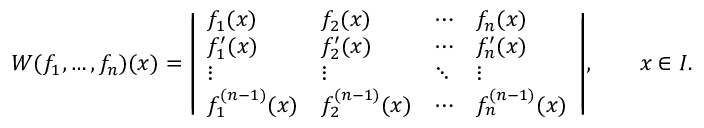
W ( f _ { 1 } , \ldots , f _ { n } ) ( x ) = { \left| \begin{array} { l l l l } { f _ { 1 } ( x ) } & { f _ { 2 } ( x ) } & { \cdots } & { f _ { n } ( x ) } \\ { f _ { 1 } ^ { \prime } ( x ) } & { f _ { 2 } ^ { \prime } ( x ) } & { \cdots } & { f _ { n } ^ { \prime } ( x ) } \\ { \vdots } & { \vdots } & { \ddots } & { \vdots } \\ { f _ { 1 } ^ { ( n - 1 ) } ( x ) } & { f _ { 2 } ^ { ( n - 1 ) } ( x ) } & { \cdots } & { f _ { n } ^ { ( n - 1 ) } ( x ) } \end{array} \right| } , \qquad x \in I .